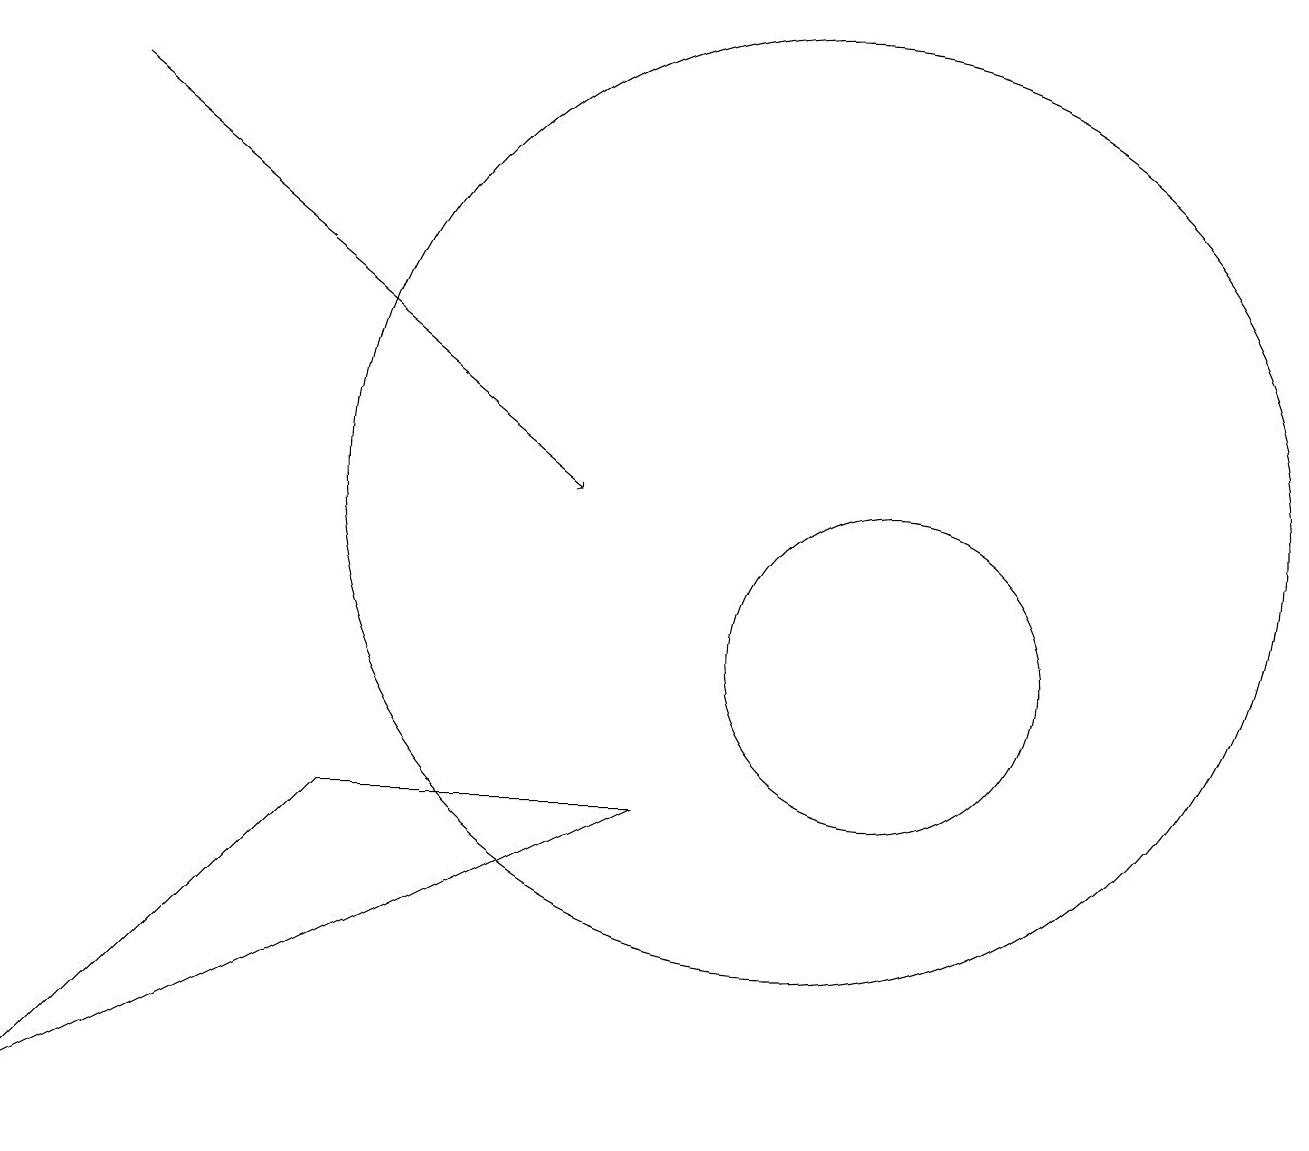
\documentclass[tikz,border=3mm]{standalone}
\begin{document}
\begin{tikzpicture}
\draw (12,10) circle (2);
\draw[->] (2,17) -- (8,12);
\draw (11,12) circle (6);
\draw (9,8) -- (5,8) -- (1,4) -- cycle;
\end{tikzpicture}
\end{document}